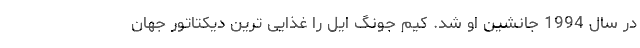
در سال 1994 جانشین او شد. کیم جونگ ایل را غذایی ترین دیکتاتور جهان